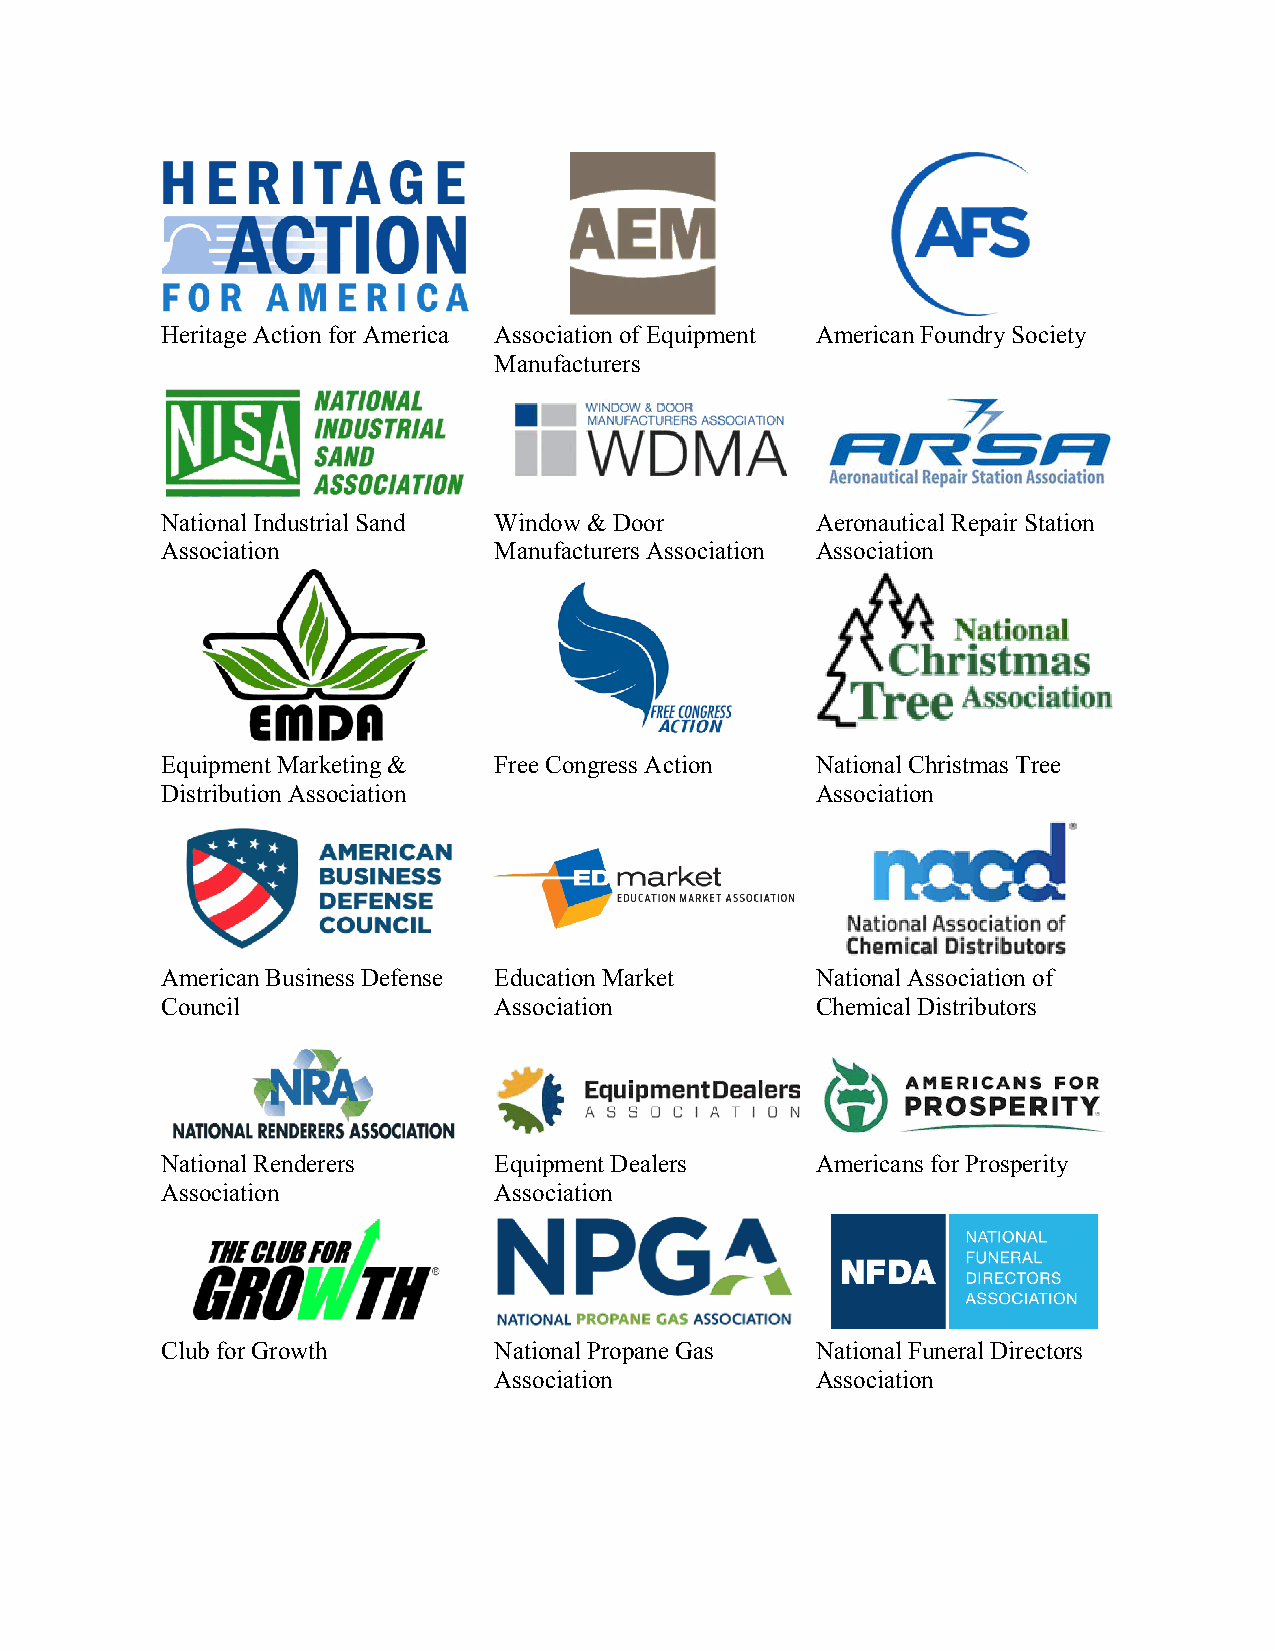
Heritage Action for America Association of Equipment American Foundry Society
 Manufacturers
 National Industrial Sand Window & Door     Aeronautical Repair Station
 Association           Manufacturers Association Association
 Equipment Marketing & Free Congress Action National Christmas Tree
 Distribution Association                   Association
 American Business Defense Education Market National Association of
 Council               Association          Chemical Distributors
 National Renderers    Equipment Dealers    Americans for Prosperity
 Association           Association
 Club for Growth       National Propane Gas National Funeral Directors
 Association          Association